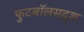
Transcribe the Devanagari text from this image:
फुटबॉलसदृश